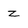
Character: z